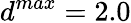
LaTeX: d^{max}=2.0